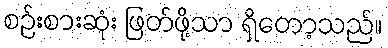
စဉ်းစားဆုံး ဖြတ်ဖို့သာ ရှိတော့သည်။